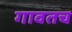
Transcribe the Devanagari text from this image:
गावतच